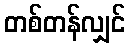
တစ်တန်လျှင်